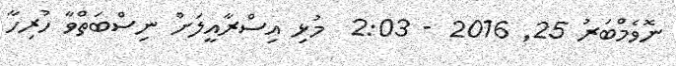
ނޮވެމްބަރު 25